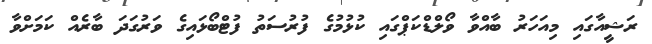
ރަޝީއާގައި މިއަހަރު ބާއްވާ ވޯލްޑްކަޕްގައި ކުޅުމުގެ ފުރުސަތު ފުޓްބޯޅައިގެ ވަރުގަދަ ބާރެއް ކަމަށްވާ